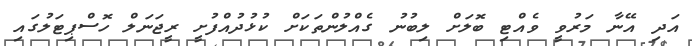
އަދި އޭނާ މަރުވީ ވެއްޓި ބޮލަށް ލިބުނު ގެއްލުންތަކަށް ކުޅުދުއްފުށީ ރީޖަނަލް ހޮސްޕިޓަލުގައި